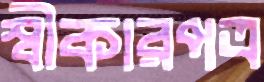
স্বীকারপত্র